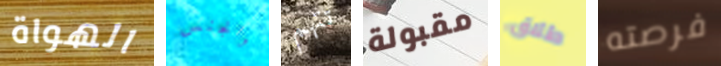
الهواة والجنس تتهم مقبولة طلاق فرصته